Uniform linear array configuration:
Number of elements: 16
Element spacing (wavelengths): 0.25
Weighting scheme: exponential
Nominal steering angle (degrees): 0
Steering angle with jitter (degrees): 1.323
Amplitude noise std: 0.05
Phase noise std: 0.05

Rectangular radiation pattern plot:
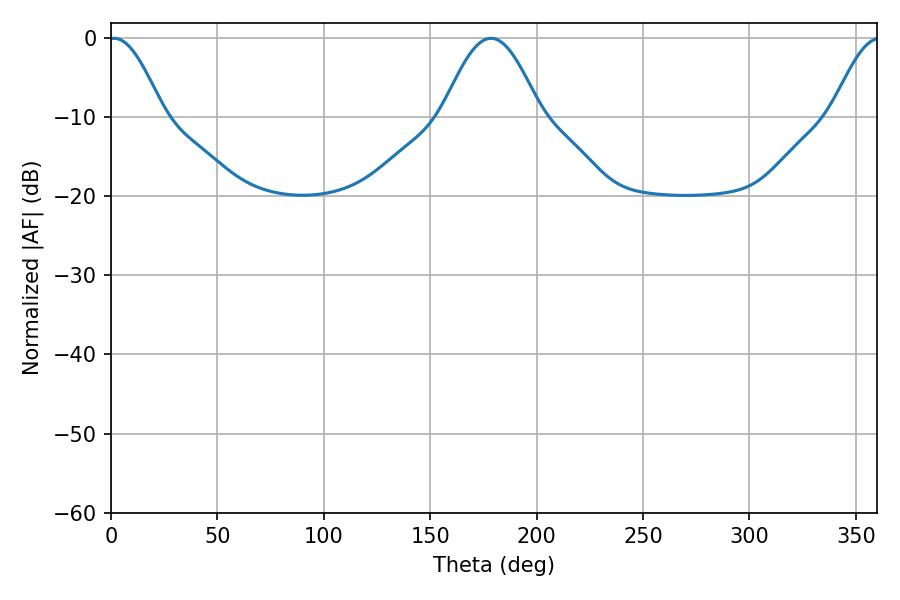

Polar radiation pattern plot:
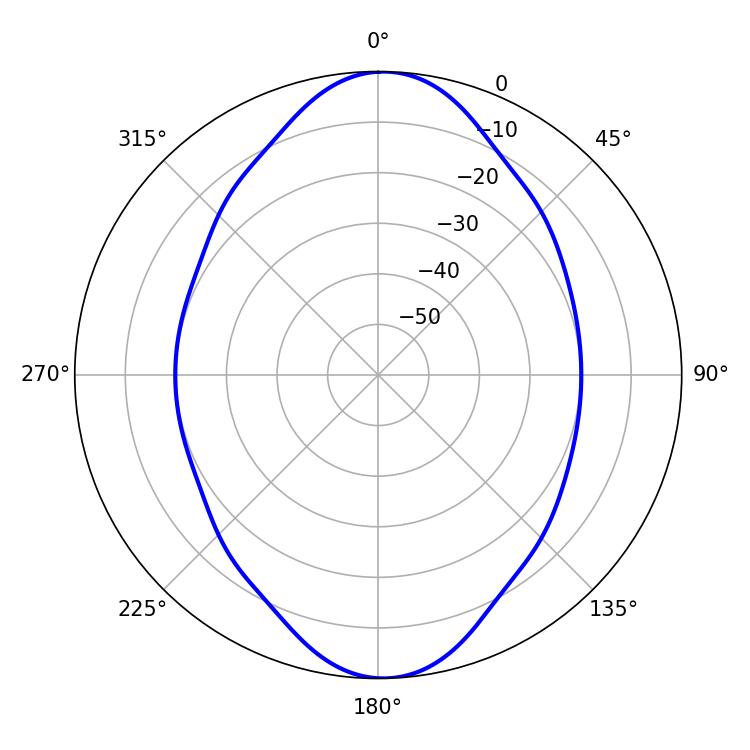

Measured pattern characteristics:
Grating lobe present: FALSE
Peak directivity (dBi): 19.135
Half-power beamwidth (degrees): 13.86
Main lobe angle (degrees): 1.44